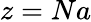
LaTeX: z=Na